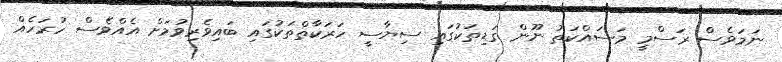
ނަމަވެސް ރަސްމީ މަސައްކަތު ނޫން ގަޑިތަކުގައި ސިޔާސީ ހަރަކާތްތަކުގައި ބައިވެރިވުމަށް އެއްވެސް ހުރަހެއް